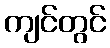
ကျင်တွင်